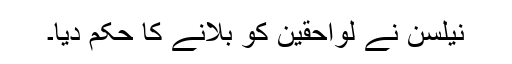
نیلسن نے لواحقین کو بلانے کا حکم دیا۔